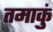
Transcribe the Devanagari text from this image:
तमाकुं